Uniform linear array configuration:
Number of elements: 48
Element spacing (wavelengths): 0.25
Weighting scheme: hamming
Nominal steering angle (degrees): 30
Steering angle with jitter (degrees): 30.933
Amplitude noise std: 0.05
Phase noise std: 0.05

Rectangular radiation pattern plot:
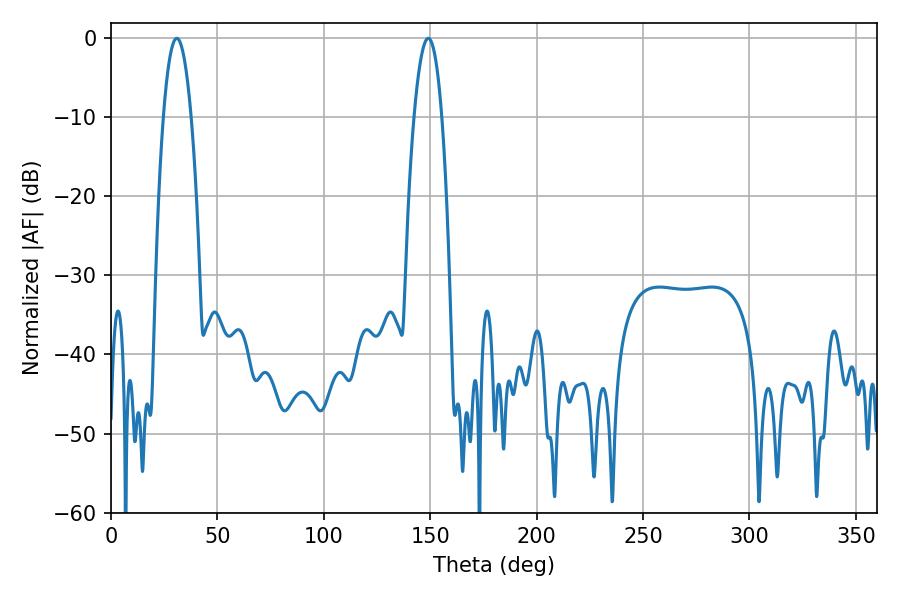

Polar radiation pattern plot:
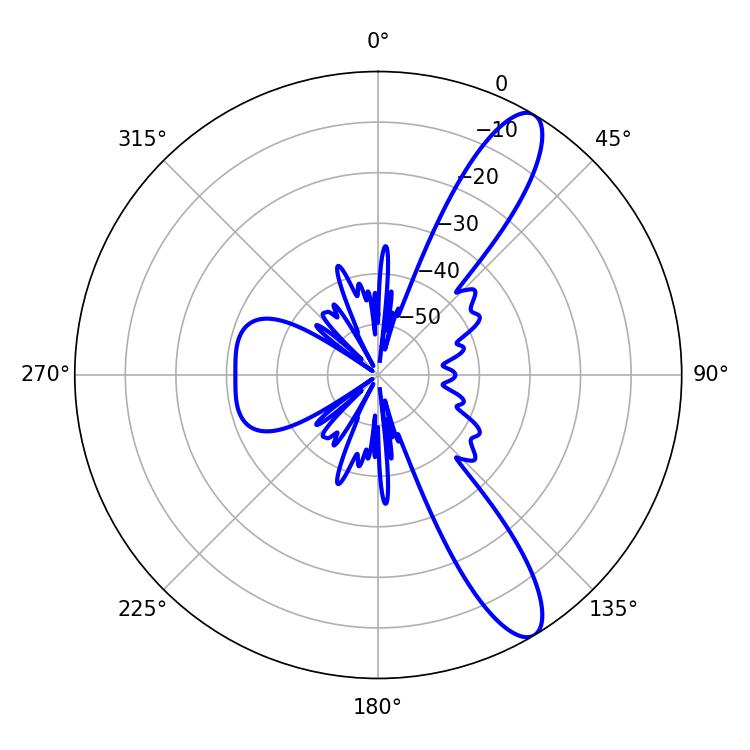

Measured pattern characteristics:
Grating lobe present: FALSE
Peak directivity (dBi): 11.583
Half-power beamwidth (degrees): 7.2
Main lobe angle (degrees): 30.96